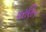
પરણિત